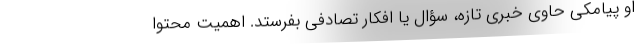
او پیامکی حاوی خبری تازه، سؤال یا افکار تصادفی بفرستد. اهمیت محتوا